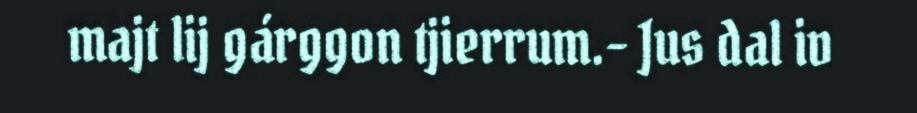
majt lij gárggon tjierrum.– Jus dal iv